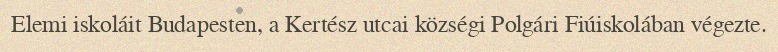
Elemi iskoláit Budapesten, a Kertész utcai községi Polgári Fiúiskolában végezte.